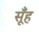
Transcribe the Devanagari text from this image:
सूँह